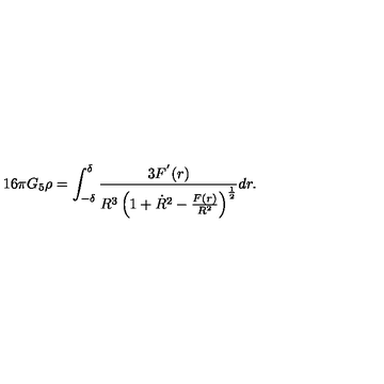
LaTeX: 1 6 \pi G _ { 5 } \rho = \int _ { - \delta } ^ { \delta } \frac { 3 F ^ { ' } ( r ) } { R ^ { 3 } \left( 1 + \dot { R } ^ { 2 } - \frac { F ( r ) } { R ^ { 2 } } \right) ^ { \frac { 1 } { 2 } } } d r .